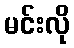
မင်းလို